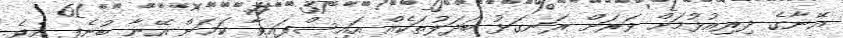
އޭނާގެ ދިރިއުޅުމަށް ވަރަށް ރަނގަޅު ބަދަލުތަކެއް އައިސްފައިވާ ކަމަށް އޭނާ ބުނެފި އެވެ.